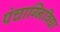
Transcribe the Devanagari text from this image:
पंचाग्निविद्या